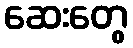
ဆေးတွေ